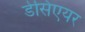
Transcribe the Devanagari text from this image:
डेसिएयर